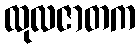
ထုလဇာတက